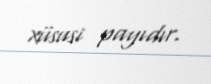
xüsusi payıdır.